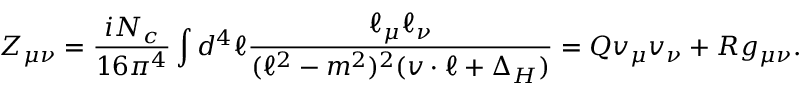
Z _ { \mu \nu } = \frac { i N _ { c } } { 1 6 \pi ^ { 4 } } \int d ^ { 4 } \ell \frac { \ell _ { \mu } \ell _ { \nu } } { ( \ell ^ { 2 } - m ^ { 2 } ) ^ { 2 } ( v \cdot \ell + \Delta _ { H } ) } = Q v _ { \mu } v _ { \nu } + R g _ { \mu \nu } .